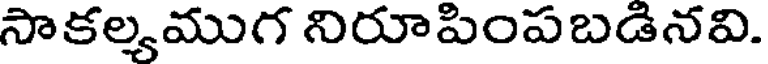
సాకల్యముగ నిరూపింపబడినవి.